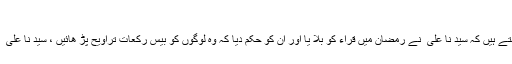
دلیل نمبر 9:
ابو عبد الرحمٰن سلمی کہتے ہیں کہ سید نا علی ؓ نے رمضان میں قراء کو بلا یا اور ان کو حکم دیا کہ وہ لوگوں کو بیس رکعات تراویح پڑ ھائیں ، سید نا علی ؓ انہیں وتر پڑھاتے تھے۔